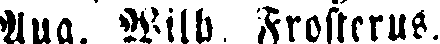
Aug. Wilh. Frosterus.